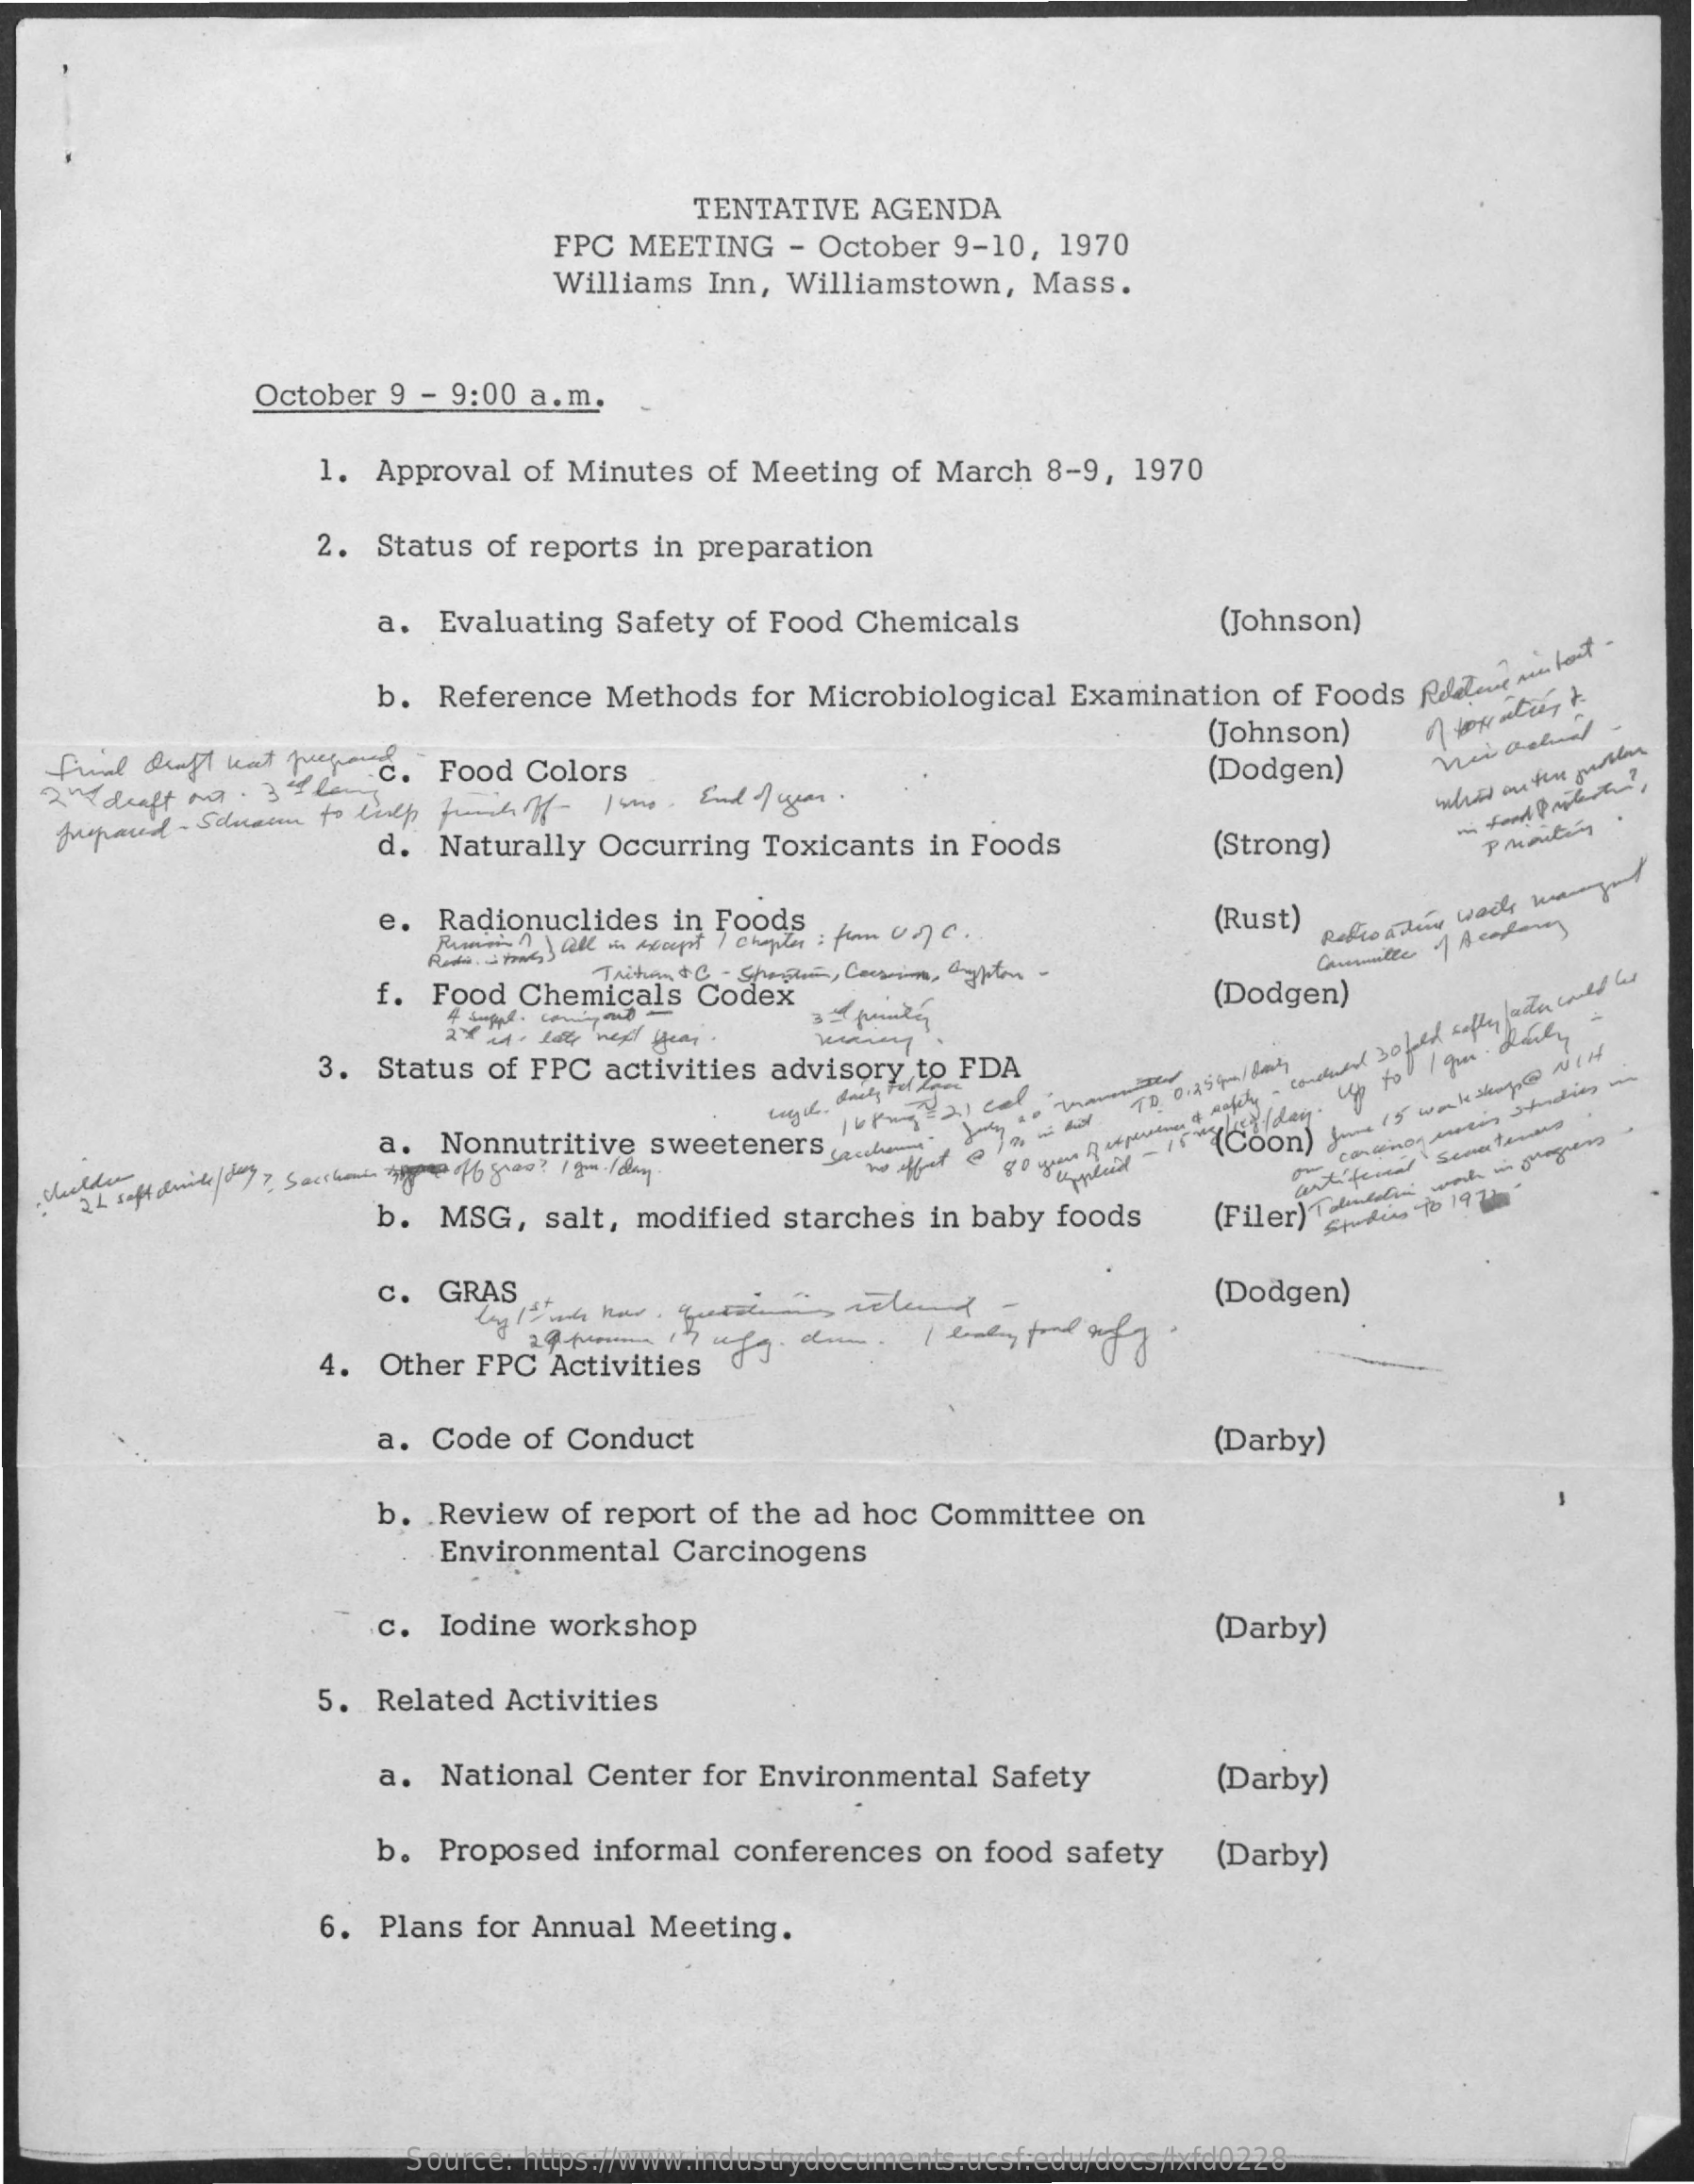
TENTATIVE AGENDA
     FPC MEETING  - October 9-10, 1970
     Williams Inn, Williamstown, Mass.
     October 9 - 9:00 a.m.
     1. Approval of Minutes of Meeting of March 8-9, 1970
     2. Status of reports in preparation
     a. Evaluating Safety of Food Chemicals    (Johnson)
     b. Reference Methods for Microbiological Examination of Foods 6.07-23 sun kost
   final draft wat peering.
     (Johnson)
   2nd draft mat . 39 lang c. Food Colors    (Dodgen)
     d. Naturally Occurring Toxicants in Foods    (Strong)    Pmmitig
     e. Radionuclides in Foods .    (Rust)
     Trition &C - Sproption, Cocsoins, Righton -
     f. Food Chemicals Codex    (Dodgen)
     2x sd - lots next year .
     3. Status of FPC activities advisory to FDA
     a. Nonnutritive sweeteners ... kommt
     pascal
     yours If
     person of
     safety -
     could
     30 fold softy who could be
     b. MSG,  salt, modified starches in baby foods (Filer) Tolinkedin work in
     progress
     Studies to 19 72 .
     c. GRAS    (Dodgen)
     4. Other FPC Activities d'
     a. Code of Conduct    (Darby)
     b. Review of report of the ad hoc Committee on
     Environmental Carcinogens
     c. Iodine workshop    (Darby)
     5. Related Activities
     a. National Center for Environmental Safety    (Darby)
     b. Proposed informal conferences on food safety (Darby)
     6. Plans for Annual Meeting.
     Source: https://www.industrydocuments.ucsf.edu/docs/lxfd0228